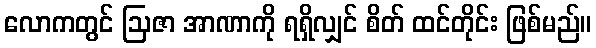
လောကတွင် ဩဇာ အာဏာကို ရရှိလျှင် စိတ် ထင်တိုင်း ဖြစ်မည်။